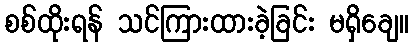
စစ်ထိုးရန် သင်ကြားထားခဲ့ခြင်း မရှိချေ။